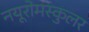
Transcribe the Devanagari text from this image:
नयूरोमस्कुलर